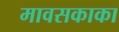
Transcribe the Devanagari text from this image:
मावसकाका